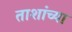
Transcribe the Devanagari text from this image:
ताशांच्या